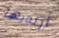
أرتديها